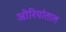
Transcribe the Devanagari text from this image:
ओरियांताल